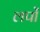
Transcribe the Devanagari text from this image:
लपों